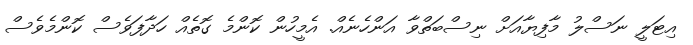
އިޓަލީ ނަސްލު މާފިޔާއަށް ނިސްބަތްވާ އަންހެނެއް. އެމީހުން ކޮންމެ ގޮތެއް ހަދާފަވެސް ކޮންމެވެސް